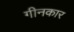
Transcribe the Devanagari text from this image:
गीनकार